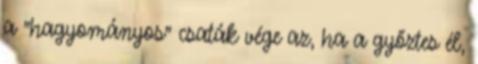
a "hagyományos" csaták vége az, ha a győztes él,